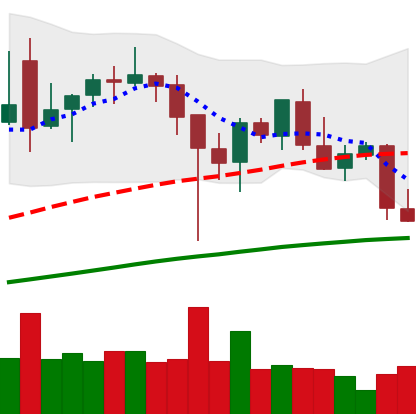
Ticker: BNB-USD
Chart end date: 2021-12-14
Forward return: 3.666%
Label: up_3_5